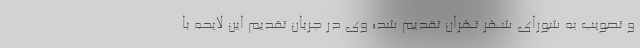
و تصویب به شورای شهر تهران تقدیم شد؛ وی در جریان تقدیم این لایحه با